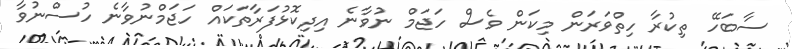
ސާބަހޭ ތިކުރާ ހިތްވަރަން މިކަން ވެސް ހަޖަމް ނުވާނެ އިދިކޮޅުފަރާތަކައް ހަޖަމްނުވާނެ ހުސްނުވާ